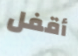
أقفل